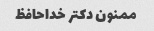
ممنون دکتر خداحافظ